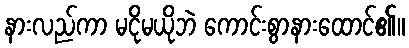
နားလည်ကာ မငိုမယိုဘဲ ကောင်းစွာနားထောင်၏။